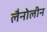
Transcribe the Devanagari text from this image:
लैनोलीन